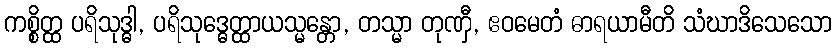
ကစ္စိတ္ထ ပရိသုဒ္ဓါ, ပရိသုဒ္ဓေတ္ထာယသ္မန္တော, တသ္မာ တုဏှီ, ဧဝမေတံ ဓာရယာမီတိ သံဃာဒိသေသော